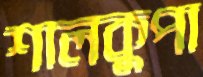
শালকুপা